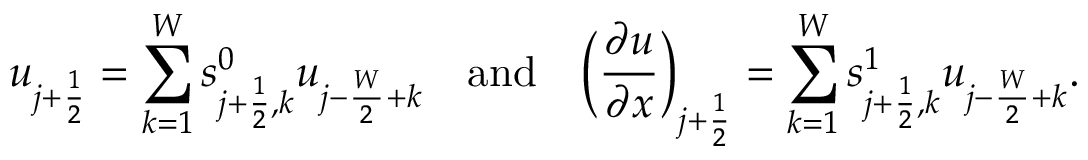
u _ { j + \frac { 1 } { 2 } } = \sum _ { k = 1 } ^ { W } s _ { j + \frac { 1 } { 2 } , k } ^ { 0 } u _ { j - \frac { W } { 2 } + k } \quad \mathrm { a n d } \quad \bigg ( \frac { \partial u } { \partial x } \bigg ) _ { j + \frac { 1 } { 2 } } = \sum _ { k = 1 } ^ { W } s _ { j + \frac { 1 } { 2 } , k } ^ { 1 } u _ { j - \frac { W } { 2 } + k } .